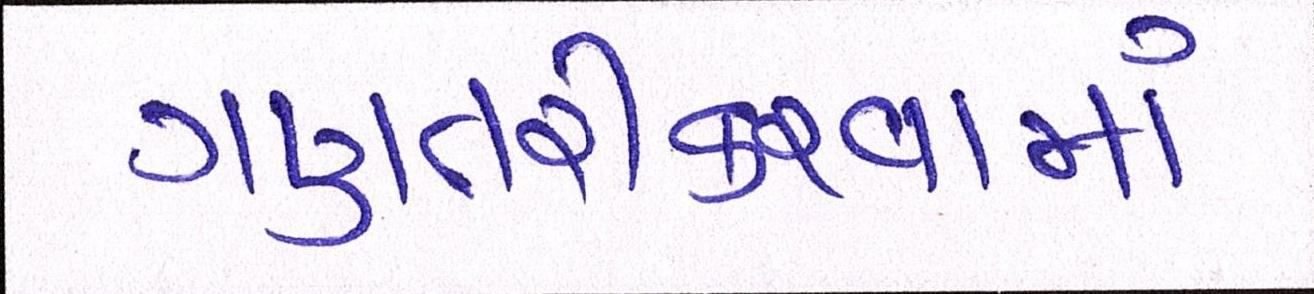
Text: ગણતરીકરવામાં